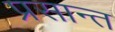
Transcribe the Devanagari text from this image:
प्रसान्त